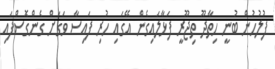
ފުލުހުން ބުނީ ހިތާދޫ ތިޖޫރީ ފަޅާލައިގެން އޭގައި ހުރި ފައިސާ ވަގަށް ގެންގޮސްފައި